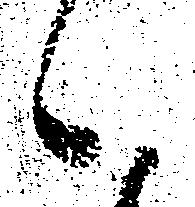
候